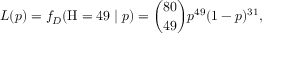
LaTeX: L ( p ) = f _ { D } ( \mathrm { H } = 4 9 \mid p ) = { \binom { 8 0 } { 4 9 } } p ^ { 4 9 } ( 1 - p ) ^ { 3 1 } ,